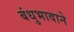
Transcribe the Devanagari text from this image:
बंधुभावाने